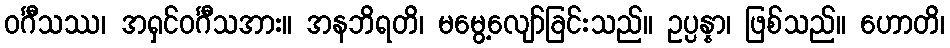
ဝင်္ဂီသဿ၊ အရှင်ဝင်္ဂီသအား။ အနဘိရတိ၊ မမွေ့လျော်ခြင်းသည်။ ဥပ္ပန္နာ၊ ဖြစ်သည်။ ဟောတိ၊